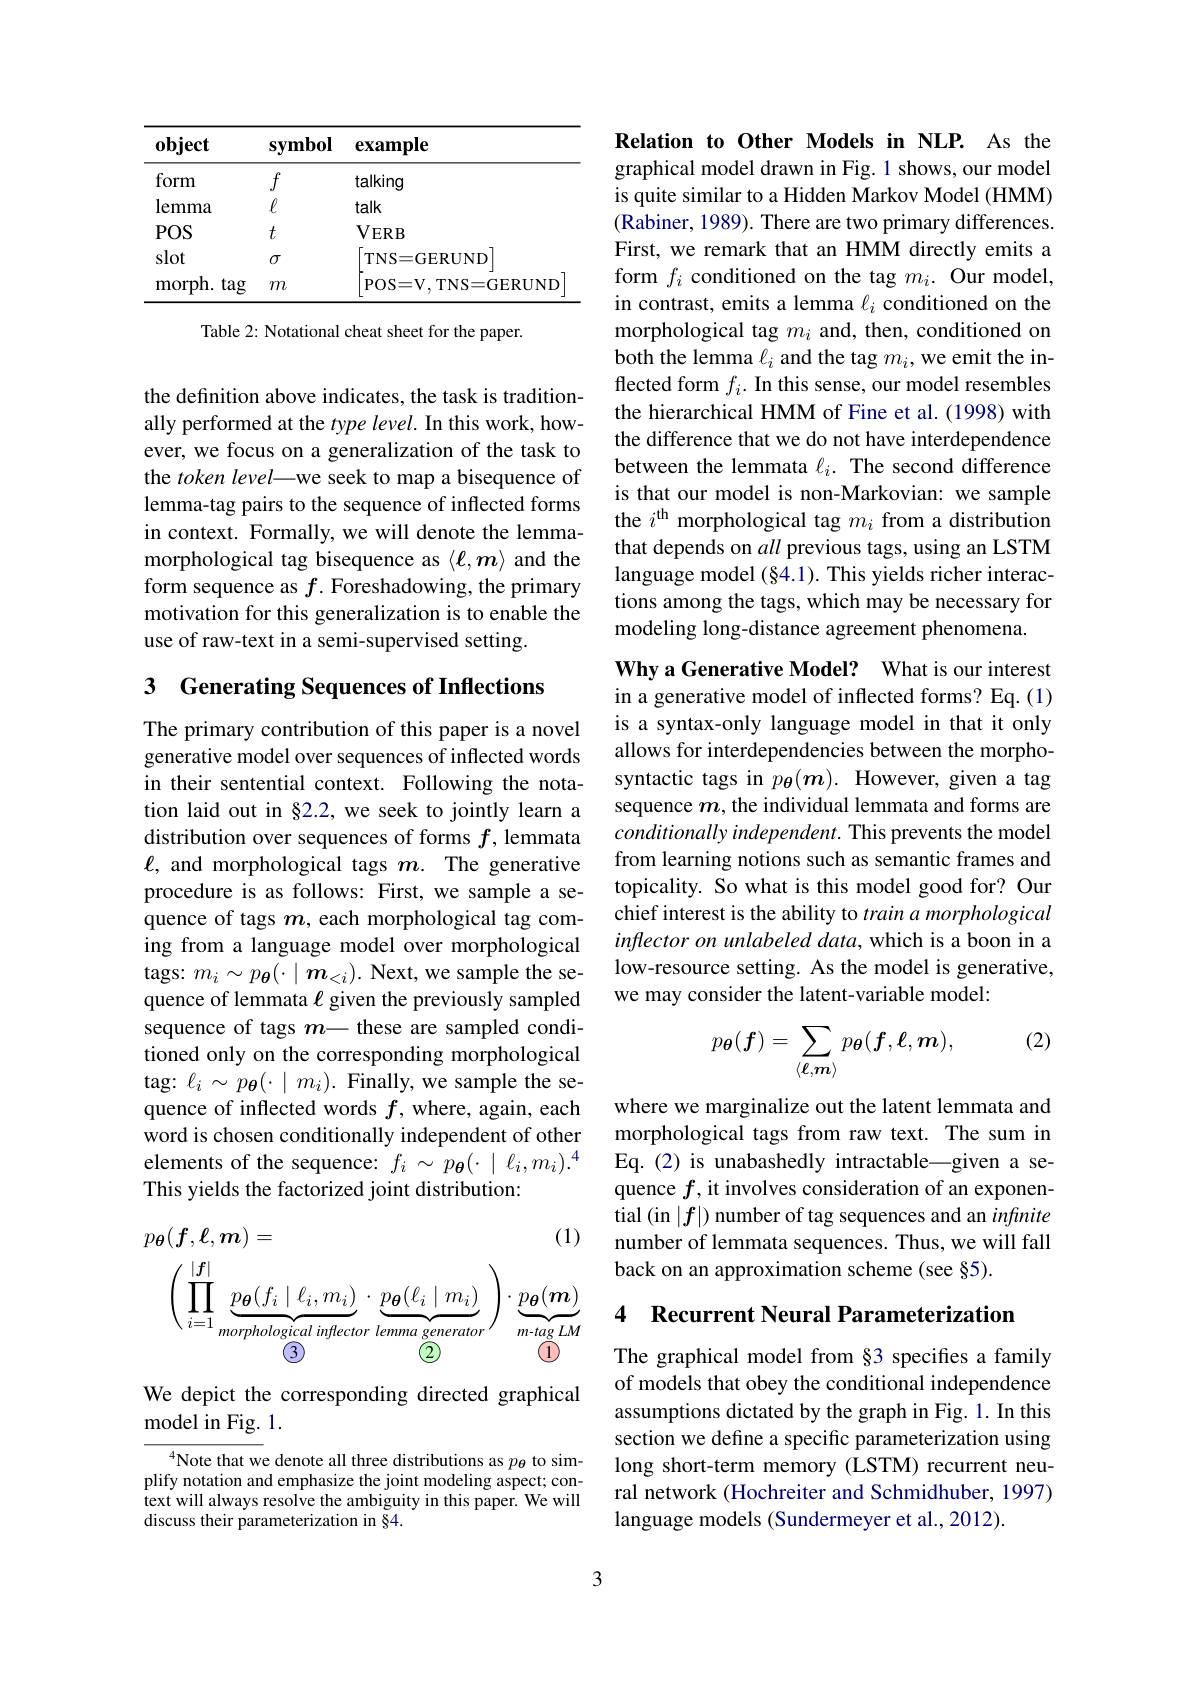
<table>
	<tbody>
		<tr>
			<th>object</th>
			<th>$\mathbf{symbol}$</th>
			<th>$\mathbf{example}$</th>
		</tr>
		<tr>
			<td>form</td>
			<td>$f$</td>
			<td>talking</td>
		</tr>
		<tr>
			<td>${\mathrm{lemma}}$</td>
			<td>$\ell$</td>
			<td>talk</td>
		</tr>
		<tr>
			<td>$POS$</td>
			<td>$t$</td>
			<td>$VERB$</td>
		</tr>
		<tr>
			<td>slot</td>
			<td>$\sigma$</td>
			<td>$TNS=GERUND$</td>
		</tr>
		<tr>
			<td>morph. .tag</td>
			<td>$m$</td>
			<td>POS= V, TNS= GERUND</td>
		</tr>
	</tbody>
</table>

Table 2: Notational cheat sheet for the paper.

the definition above indicates, the task is traditionally performed at the $type\textit{level. In this work, how- }$ ever, we focus on a generalization of the task to the token level—we seek to map a bisequence of lemma-tag pairs to the sequence of inflected forms in context. Formally, we will denote the lemmamorphological tag bisequence as $\langle\ell,m\rangle$ and the form sequence as $f$. Foreshadowing, the primary motivation for this generalization is to enable the use of raw-text in a semi-supervised setting.

## 3 Generating Sequences of Inflections

The primary contribution of this paper is a novel generative model over sequences of inflected words in their sentential context. Following the notation laid out in §2.2, we seek to jointly learn a distribution over sequences of forms $f$, lemmata $\ell$, and morphological tags $m.$ The generative procedure is as follows: First, we sample a sequence of tags $m$, each morphological tag coming from a language model over morphological tags: $m_i\sim p_{\boldsymbol{\theta}}(\cdot\mid\boldsymbol{m}_{<i}).$ Next, we sample the sequence of lemmata $\ell$ given the previously sampled sequence of tags $m$- these are sampled condi- tioned only on the corresponding morphological tag: $\ell_i\sim p_{\boldsymbol{\theta}}(\cdot\mid m_{i}).$ Finally, we sample the sequence of inflected words $f$, where, again, each word is chosen conditionally independent of other elements of the sequence: $f_i\sim p_{\boldsymbol{\theta}}(\cdot\mid\ell_i,m_i).^4$ This yields the factorized joint distribution:
$$p_{\boldsymbol{\theta}}(\boldsymbol{f},\boldsymbol{\ell},\boldsymbol{m})=\text{(1)}\\\left(\prod_{i=1}^{|\boldsymbol{f}|}\underbrace{p_{\boldsymbol{\theta}}(f_{i}\mid\ell_{i},m_{i})}_{morphological\:inflector\:lemma\:generator}\right)\cdot\underbrace{p_{\boldsymbol{\theta}}(\boldsymbol{m})}_{m-tag\:LM}\\\text{1}$$
We depict the corresponding directed graphical
model in Fig. 1.

$^{4}$Note that we denote all three distributions as $p_{\theta}$ to simplify notation and emphasize the joint modeling aspect; context will always resolve the ambiguity in this paper. We will discuss their parameterization in $\bar{\S}4.$

Relation to Other Models in NLP. As the graphical model drawn in Fig. 1 shows, our model is quite similar to a Hidden Markov Model (HMM) (Rabiner, 1989). There are two primary differences. First, we remark that an HMM directly emits a form $f_i$ conditioned on the tag $m_i.$ Our model, in contrast, emits a lemma $\ell_i$ conditioned on the morphological tag $m_i$ and, then, conditioned on both the lemma $\ell_i$ and the tag $m_i$,we emit the inflected form $f_i.$ In this sense, our model resembles the hierarchical HMM of Fine et al. (1998) with the difference that we do not have interdependence between the lemmata $\ell_i.$ The second difference is that our model is non-Markovian: we sample the $i^\mathrm{th}$ morphological tag $m_i$ from a distribution that depends on all previous tags, using an LSTM language model (§4.1). This yields richer interactions among the tags, which may be necessary for modeling long-distance agreement phenomena.

Why a Generative Model? What is our interest in a generative model of inflected forms? Eq.(1) is a syntax-only language model in that it only allows for interdependencies between the morphosyntactic tags in $p_{\boldsymbol{\theta}}(\boldsymbol{m}).$ However, given a tag sequence $m$, the individual lemmata and forms are conditionally independent. This prevents the model from learning notions such as semantic frames and topicality. So what is this model good for? Our chief interest is the ability to train a morphological inflector on unlabeled data, which is a boon in a low-resource setting. As the model is generative, we may consider the latent-variable model:

(2)
$$p_{\boldsymbol{\theta}}(\boldsymbol{f})=\sum_{\langle\ell,\boldsymbol{m}\rangle}p_{\boldsymbol{\theta}}(\boldsymbol{f},\ell,\boldsymbol{m}),$$
where we marginalize out the latent lemmata and morphological tags from raw text. The sum in Eq.(2) is unabashedly intractable—given a sequence $f$, it involves consideration of an exponential (in $|f|)$ number of tag sequences and an infınite number of lemmata sequences. Thus, we will fall back on an approximation scheme (see §5).

## 4 Recurrent Neural Parameterization

The graphical model from §3 specifies a family of models that obey the conditional independence assumptions dictated by the graph in Fig. 1. In this section we define a specific parameterization using long short-term memory (LSTM) recurrent neural network (Hochreiter and Schmidhuber, 1997) language models (Sundermeyer et al., 2012).

3